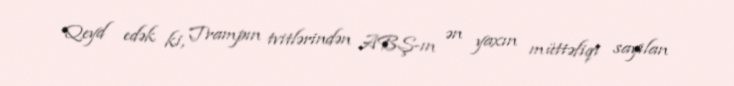
Qeyd edək ki, Trampın tvitlərindən ABŞ-ın ən yaxın müttəfiqi sayılan